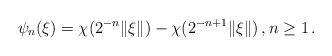
LaTeX: \begin{align*}\psi_n(\xi)=\chi(2^{-n}\|\xi\|)-\chi(2^{-n+1}\|\xi\|) \, , n\ge 1 \, .\end{align*}